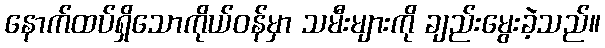
နောက်ထပ်ရှိသောကိုယ်ဝန်မှာ သမီးများကို ချည်းမွေးခဲ့သည်။